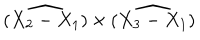
LaTeX: \widehat { ( X _ { 2 } - X _ { 1 } ) } \times \widehat { ( X _ { 3 } - X _ { 1 } ) }